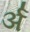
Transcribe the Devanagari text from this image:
र्अ